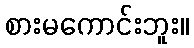
စားမကောင်းဘူး။